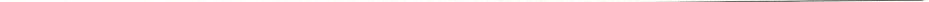
___